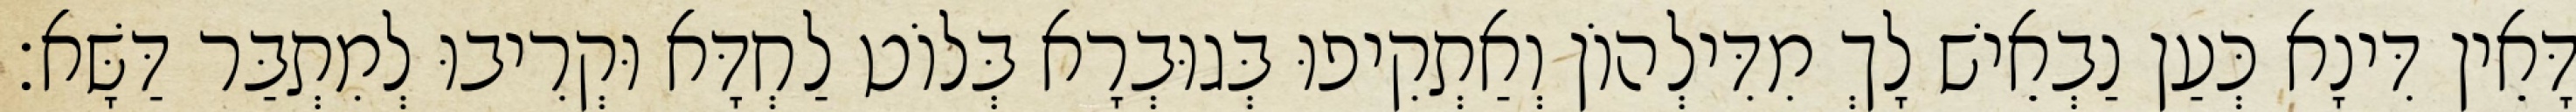
דָּאֵין דִּינָא כְּעַן נַבְאֵישׁ לָךְ מִדִּילְהוֹן וְאַתְקִיפוּ בְּגוּבְרָא בְּלוֹט לַחְדָּא וּקְרִיבוּ לְמִתְבַּר דַּשָּׁא׃